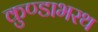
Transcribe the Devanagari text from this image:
कुण्डाभरथ